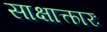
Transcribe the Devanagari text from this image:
साक्षात्कारः